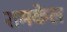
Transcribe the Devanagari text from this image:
रामकेल